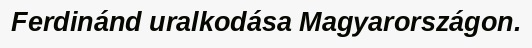
Ferdinánd uralkodása Magyarországon.